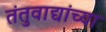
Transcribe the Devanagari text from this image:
तंतुवाद्यांच्या